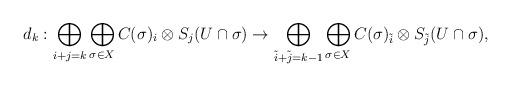
LaTeX: \begin{align*}d_k:\bigoplus_{i+j=k}\bigoplus_{\sigma\in X}C(\sigma)_i\otimes S_j(U\cap\sigma)\rightarrow \bigoplus_{\tilde{i}+\tilde{j}=k-1}\bigoplus_{\sigma\in X}C(\sigma)_{\tilde{i}}\otimes S_{\tilde{j}}(U\cap\sigma),\end{align*}